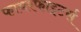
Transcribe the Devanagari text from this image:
फायरफाइटर्स